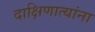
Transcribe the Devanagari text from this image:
दाक्षिणात्यांना